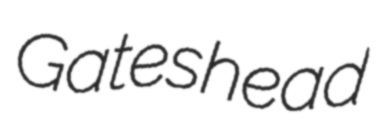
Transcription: Gateshead